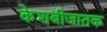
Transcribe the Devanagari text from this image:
केशबीजातक